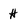
Character: H